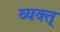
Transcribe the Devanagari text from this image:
व्यक्त्